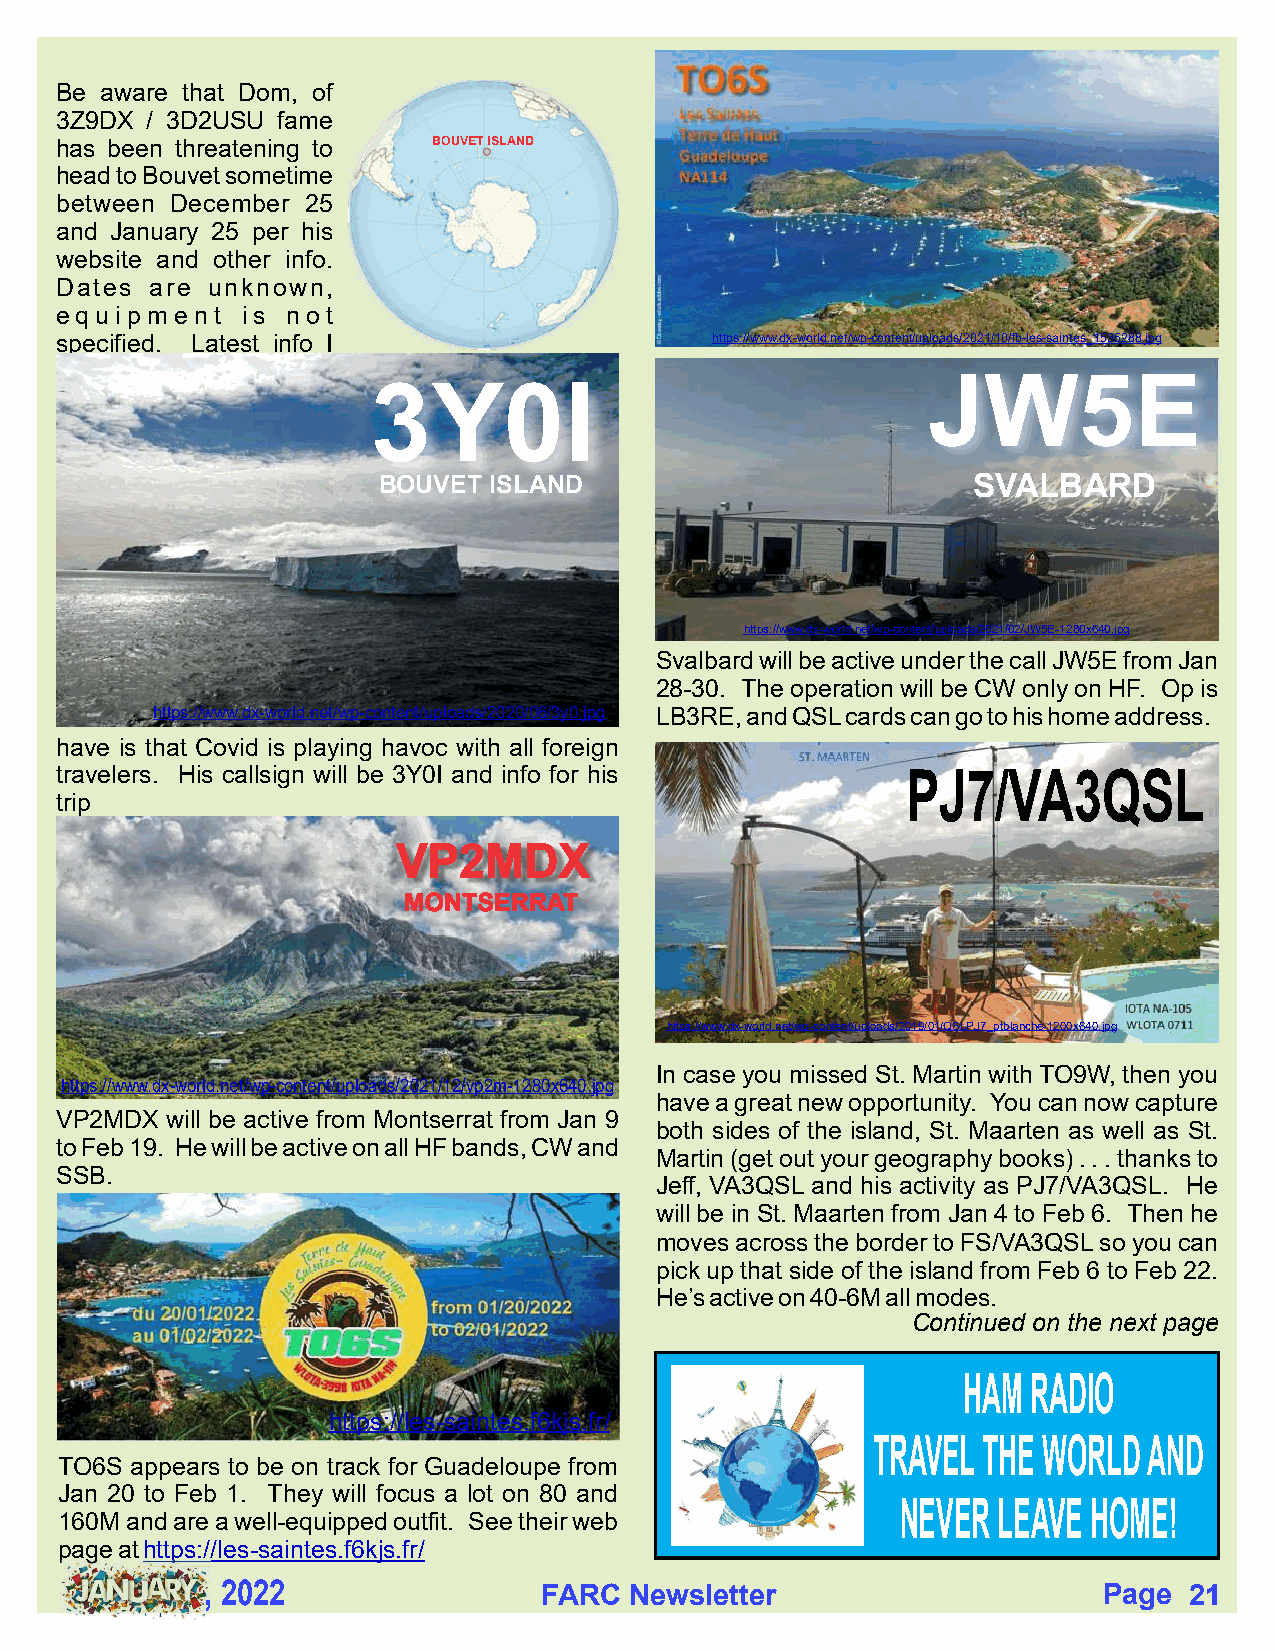
Be aware that Dom, of
 3Z9DX / 3D2USU fame
 has been threatening to  BOUVET ISLAND
 head to Bouvet sometime
 between December 25
 and January 25 per his
 website and other info.
 Dates are unknown,
 equipment   is not
 specified. Latest info I                   https://www.dx-world.net/wp-content/uploads/2021/10/fb-les-saintes_1535288.jpg
 JW5E
 3Y0I
 BOUVET ISLAND                          SVALBARD
 https://www.dx-world.net/wp-content/uploads/2021/02/JW5E-1280x640.jpg
 Svalbard will be active under the call JW5E from Jan
 28-30. The operation will be CW only on HF. Op is
 https://www.dx-world.net/wp-content/uploads/2020/06/3y0.jpg LB3RE, and QSL cards can go to his home address.
 have is that Covid is playing havoc with all foreign
 travelers. His callsign will be 3Y0I and info for his   PJ7/VA3QSL
 trip
 https://www.dx-world.net/wp-content/uploads/2019/01/QSLPJ7_ptblanche-1200x640.jpg
 In case you missed St. Martin with TO9W, then you
 https://www.dx-world.net/wp-content/uploads/2021/12/vp2m-1280x640.jpg
 have a great new opportunity. You can now capture
 VP2MDX will be active from Montserrat from Jan 9
 both sides of the island, St. Maarten as well as St.
 to Feb 19. He will be active on all HF bands, CW and
 Martin (get out your geography books) . . . thanks to
 SSB.
 Jeff, VA3QSL and his activity as PJ7/VA3QSL. He
 will be in St. Maarten from Jan 4 to Feb 6. Then he
 moves across the border to FS/VA3QSL so you can
 pick up that side of the island from Feb 6 to Feb 22.
 He’s active on 40-6M all modes.
 Continued on the next page
 HAM RADIO
 https://les-saintes.f6kjs.fr/
 TRAVEL THE WORLD  AND
 TO6S appears to be on track for Guadeloupe from
 Jan 20 to Feb 1. They will focus a lot on 80 and
 NEVER LEAVE HOME!
 160M and are a well-equipped outfit. See their web
 page at https://les-saintes.f6kjs.fr/
 , 2022                FARC  Newsletter                     Page  21